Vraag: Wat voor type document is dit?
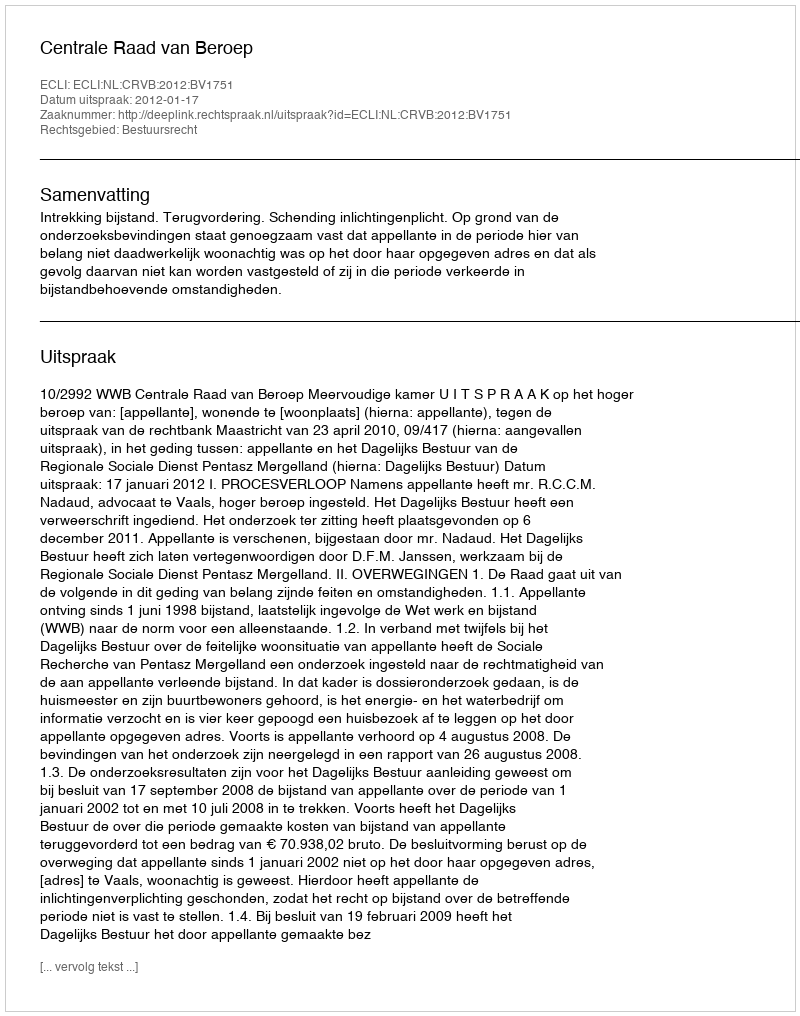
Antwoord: Uitspraak